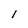
Character: I